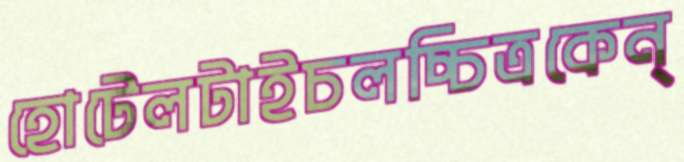
হোটেলটাইচলচ্চিত্রকেন্